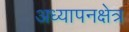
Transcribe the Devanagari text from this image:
अध्यापनक्षेत्र